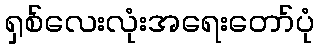
ရှစ်လေးလုံးအရေးတော်ပုံ